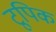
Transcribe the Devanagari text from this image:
टूपिक